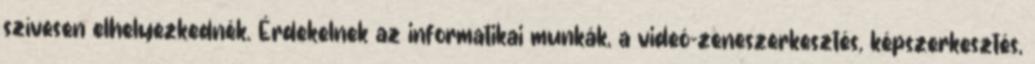
szívesen elhelyezkednék. Érdekelnek az informatikai munkák, a videó-zeneszerkesztés, képszerkesztés,